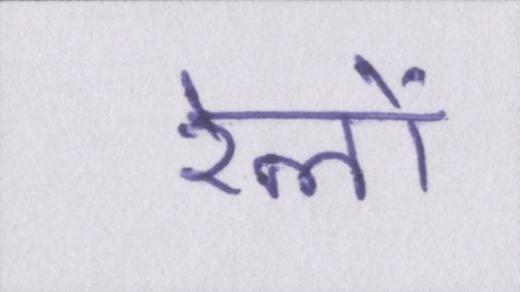
रेलों